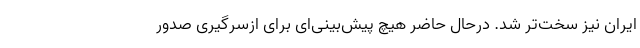
ایران نیز سخت‌تر شد. درحال حاضر هیچ پیش‌بینی‌ای برای ازسرگیری صدور